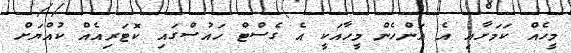
މީހެއް ކަމަށާއި އެ އަންހެން މީހާއަކީ އެ ގެސްޓް ހައުސްގައި ކޮޓަރިއެއް ކުއްޔަށް